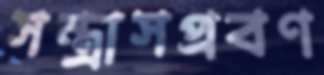
সন্ত্রাসপ্রবণ